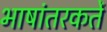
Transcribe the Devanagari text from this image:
भाषांतरकर्ते